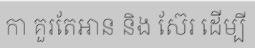
កា គួរតែអាន និង ស៊ែរ ដើម្បី